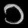
Digit: ၁